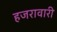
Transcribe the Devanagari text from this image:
हजरावारी